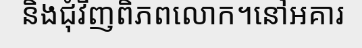
និងជុំវិញពិភពលោក។នៅអគារ